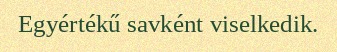
Egyértékű savként viselkedik.